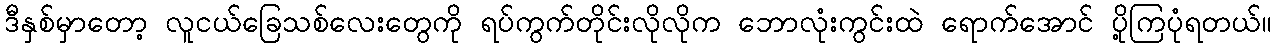
ဒီနှစ်မှာတော့ လူငယ်ခြေသစ်လေးတွေကို ရပ်ကွက်တိုင်းလိုလိုက ဘောလုံးကွင်းထဲ ရောက်အောင် ပို့ကြပုံရတယ်။